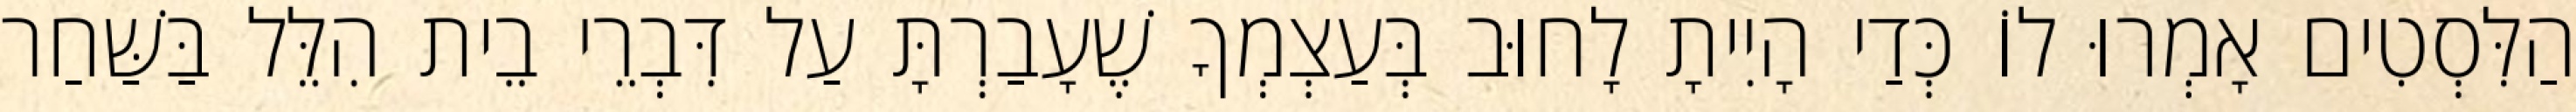
הַלִּסְטִים אָמְרוּ לוֹ כְּדַי הָיִיתָ לָחוּב בְּעַצְמְךָ שֶׁעָבַרְתָּ עַל דִּבְרֵי בֵית הִלֵּל בַּשַּׁחַר